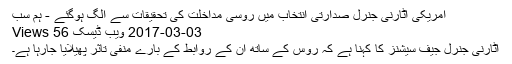
امریکی اٹارنی جنرل صدارتی انتخاب میں روسی مداخلت کی تحقیقات سے الگ ہوگئے - ہم سب
03-03-2017 ویب ڈیسک 56 Views
اٹارنی جنرل جیف سیشنز کا کہنا ہے کہ روس کے ساتھ ان کے روابط کے بارے منفی تاثر پھیلایا جارہا ہے۔